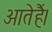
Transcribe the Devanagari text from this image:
आतेहैं।